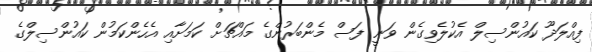
ފިއްލަދޫ ކައުންސިލް އެކުލެވިގެން ވަނީ ފަސް މެންބަރުންގެ މައްޗަށް ކަމަށާއި އެހެންކަމުން ކައުންސިލްގެ